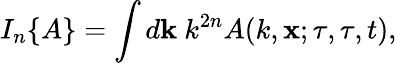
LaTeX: I_{n}\{ {A}\} =\int d{\mathbf{k}}\ k^{2n}A(k,{\mathbf{x}};\tau,\tau,t),